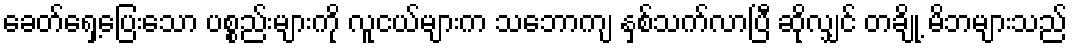
ခေတ်ရှေ့ပြေးသော ပစ္စည်းများကို လူငယ်များက သဘောကျ နှစ်သက်လာပြီ ဆိုလျှင် တချို့ မိဘများသည်